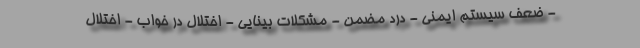
- ضعف سیستم ایمنی - درد مضمن - مشکلات بینایی - اختلال در خواب - اختلال